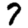
Digit: 7